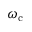
\omega _ { \mathrm { c } }